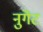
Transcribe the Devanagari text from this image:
नुगेंट